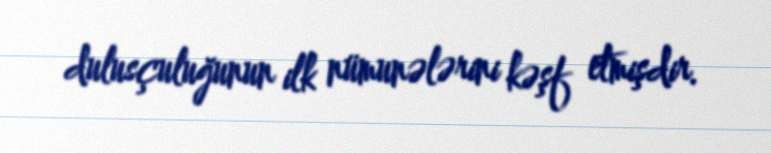
dulusçuluğunun ilk nümunələrini kəşf etmişdir.